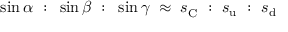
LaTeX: \sin \alpha ~ : ~ \sin \beta ~ : ~ \sin \gamma \; \approx \; s _ { \mathrm { C } } ^ { ~ } ~ : ~ s _ { \mathrm { u } } ~ : ~ s _ { \mathrm { d } } \;